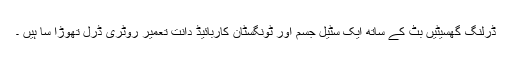
ڈرلنگ گھسیٹیں بٹ کے ساتھ ایک سٹیل جسم اور ٹونگسٹان کاربائیڈ دانت تعمیر روٹری ڈرل تھوڑا سا ہیں ۔